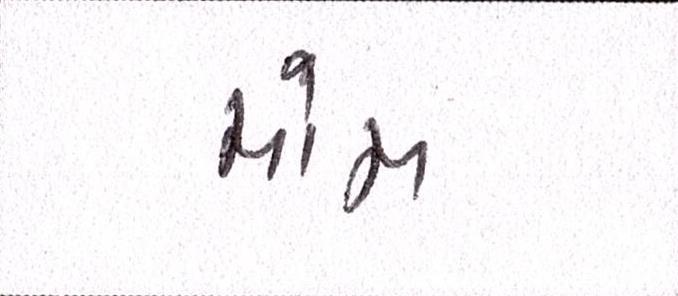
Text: મોમ